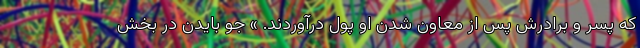
که پسر و برادرش پس از معاون شدن او پول درآوردند. » جو بایدن در بخش